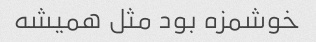
خوشمزه بود مثل همیشه